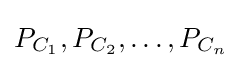
P_{C_{1}},P_{C_{2}},\dots ,P_{C_{n}}